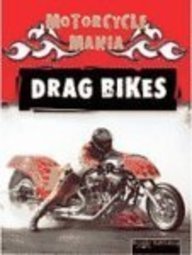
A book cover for Drag Bikes (Motorcycle Mania); David Armentrout; Children's Books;